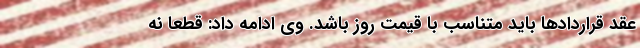
عقد قراردادها باید متناسب با قیمت روز باشد. وی ادامه داد: قطعا نه